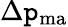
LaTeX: \Delta\mathtt{p}_{\mathrm{{ma}}}